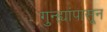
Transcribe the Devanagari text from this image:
गुन्ह्यांपासून